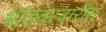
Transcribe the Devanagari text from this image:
भांडवरदारीस